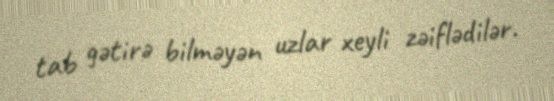
tab gətirə bilməyən uzlar xeyli zəiflədilər.